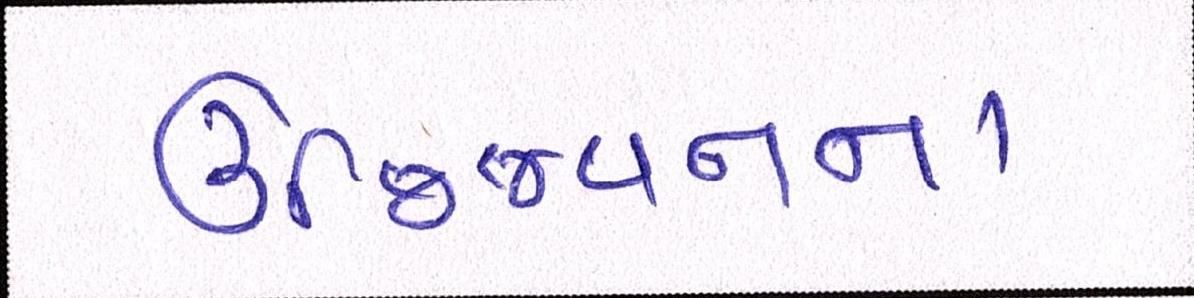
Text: ઉજ્જિવનના